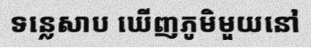
ទន្លេសាប ឃើញភូមិមួយនៅ